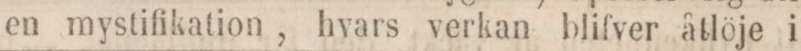
en mystifikation, hvars verkan blifver åtlöje i